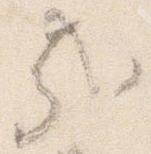
哉